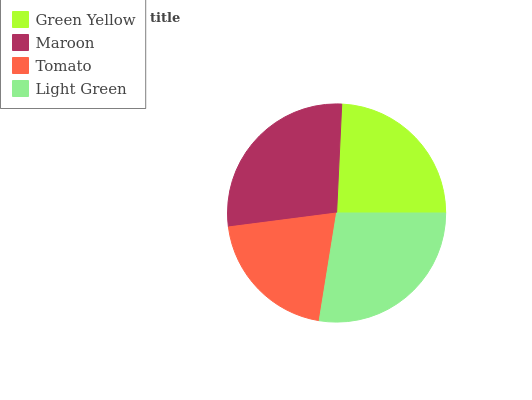
| Green Yellow | Maroon | Tomato | Light Green |
 | --- | --- | --- | --- |
 | 24.2% | 27.9% | 20.4% | 27.5% |